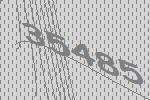
35485